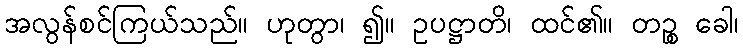
အလွန်စင်ကြယ်သည်။ ဟုတွာ၊ ၍။ ဥပဋ္ဌာတိ၊ ထင်၏။ တဉ္စ ခေါ၊